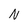
Character: N